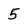
Character: 5